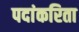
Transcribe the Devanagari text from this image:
पदांकरिता